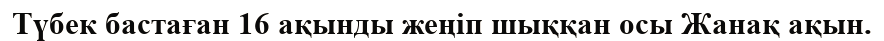
Түбек бастаған 16 ақынды жеңіп шыққан осы Жанақ ақын.